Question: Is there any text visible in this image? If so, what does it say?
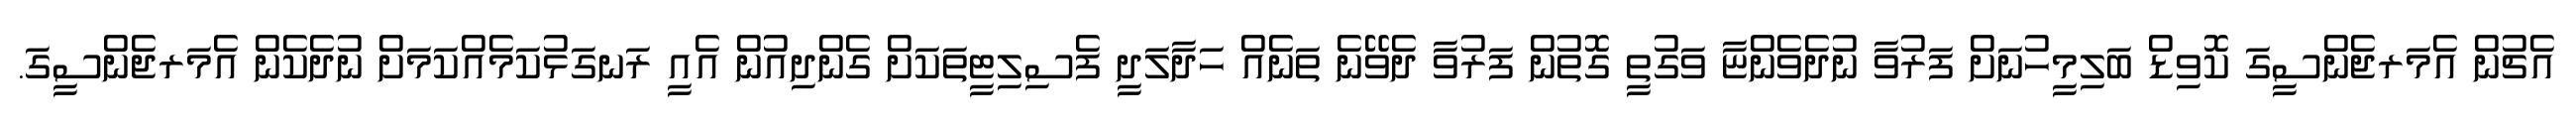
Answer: އެޗުން އެމަރޖެންސީގަ ކޮވިޑް ބަލިމީހުނަށް ފަރުވާ ނުދެވެންޏާ ވަގުތީ ގޮތުން ފަރުވާ ދެވޭނެ ތަނެއް ހަދާލަދީ ފެސިލިޓީތަކަށް ގެންދިއުން އެއީ ރަނގަޅުކަމެއްކަމަށް ނުދެކެން އެމަރޖެންސީގަ.